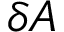
\delta A